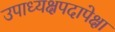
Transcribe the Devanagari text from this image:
उपाध्यक्षपदापेक्षा